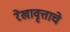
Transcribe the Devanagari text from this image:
रेखावृत्ताचे